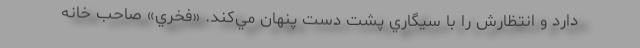
دارد و انتظارش را با سيگاري پشت دست پنهان مي‌كند. «فخري» صاحب‌ خانه